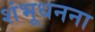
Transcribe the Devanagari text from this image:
शंभूधनना